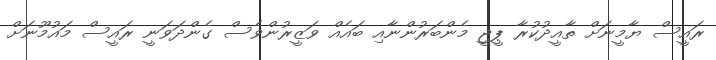
ރައީސް ޔާމީނަށް ތާއީދުކުރާ ޕީޖީ މެންބަރުންނާއި ބައެއް ވަޒީރުންވެސް ގެންދަަވަނީ ރައީސް މައުމޫނަށް